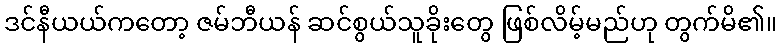
ဒင်နီယယ်ကတော့ ဇမ်ဘီယန် ဆင်စွယ်သူခိုးတွေ ဖြစ်လိမ့်မည်ဟု တွက်မိ၏။